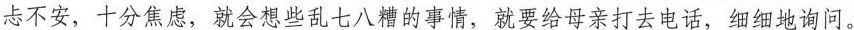
忐不安，十分焦虑，就会想些乱七八糟的事情，就要给母亲打去电话，细细地询问。